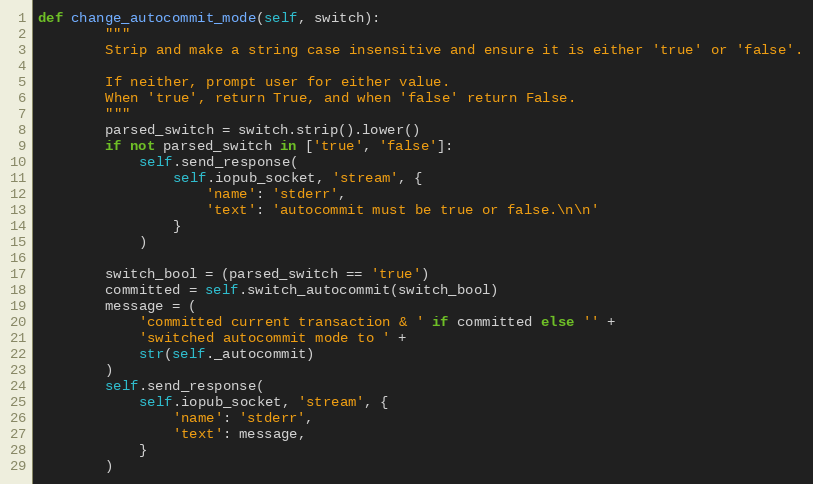
Language: Python
def change_autocommit_mode(self, switch):
        """
        Strip and make a string case insensitive and ensure it is either 'true' or 'false'.

        If neither, prompt user for either value.
        When 'true', return True, and when 'false' return False.
        """
        parsed_switch = switch.strip().lower()
        if not parsed_switch in ['true', 'false']:
            self.send_response(
                self.iopub_socket, 'stream', {
                    'name': 'stderr',
                    'text': 'autocommit must be true or false.\n\n'
                }
            )

        switch_bool = (parsed_switch == 'true')
        committed = self.switch_autocommit(switch_bool)
        message = (
            'committed current transaction & ' if committed else '' +
            'switched autocommit mode to ' +
            str(self._autocommit)
        )
        self.send_response(
            self.iopub_socket, 'stream', {
                'name': 'stderr',
                'text': message,
            }
        )